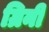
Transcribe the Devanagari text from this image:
ग्रिनी